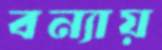
বন্যায়